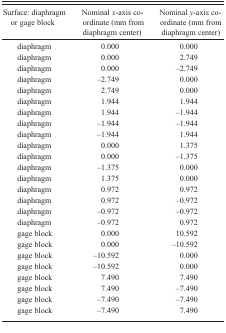
<table><thead><tr><td><b>Surface: diaphragm or gage block</b></td><td><b>Nominal <i>x</i>-axis coordinate (mm from diaphragm center)</b></td><td><b>Nominal <i>y</i>-axis coordinate (mm from diaphragm center)</b></td></tr></thead><tbody><tr><td>diaphragm</td><td>0.000</td><td>0.000</td></tr><tr><td>diaphragm</td><td>0.000</td><td>2.749</td></tr><tr><td>diaphragm</td><td>0.000</td><td>−2.749</td></tr><tr><td>diaphragm</td><td>−2.749</td><td>0.000</td></tr><tr><td>diaphragm</td><td>2.749</td><td>0.000</td></tr><tr><td>diaphragm</td><td>1.944</td><td>1.944</td></tr><tr><td>diaphragm</td><td>1.944</td><td>−1.944</td></tr><tr><td>diaphragm</td><td>−1.944</td><td>−1.944</td></tr><tr><td>diaphragm</td><td>−1.944</td><td>1.944</td></tr><tr><td>diaphragm</td><td>0.000</td><td>1.375</td></tr><tr><td>diaphragm</td><td>0.000</td><td>−1.375</td></tr><tr><td>diaphragm</td><td>−1.375</td><td>0.000</td></tr><tr><td>diaphragm</td><td>1.375</td><td>0.000</td></tr><tr><td>diaphragm</td><td>0.972</td><td>0.972</td></tr><tr><td>diaphragm</td><td>0.972</td><td>−0.972</td></tr><tr><td>diaphragm</td><td>−0.972</td><td>−0.972</td></tr><tr><td>diaphragm</td><td>−0.972</td><td>0.972</td></tr><tr><td>gage block</td><td>0.000</td><td>10.592</td></tr><tr><td>gage block</td><td>0.000</td><td>−10.592</td></tr><tr><td>gage block</td><td>−10.592</td><td>0.000</td></tr><tr><td>gage block</td><td>−10.592</td><td>0.000</td></tr><tr><td>gage block</td><td>7.490</td><td>7.490</td></tr><tr><td>gage block</td><td>7.490</td><td>−7.490</td></tr><tr><td>gage block</td><td>−7.490</td><td>−7.490</td></tr><tr><td>gage block</td><td>−7.490</td><td>7.490</td></tr></tbody></table>